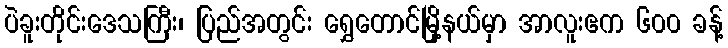
ပဲခူးတိုင်းဒေသကြီး၊ ပြည်အတွင်း ရွှေတောင်မြို့နယ်မှာ အာလူးဧက ၆၀၀ ခန့်